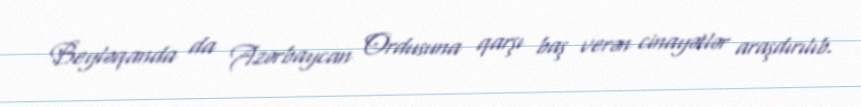
Beyləqanda da Azərbaycan Ordusuna qarşı baş verən cinayətlər araşdırılıb.